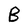
Character: B